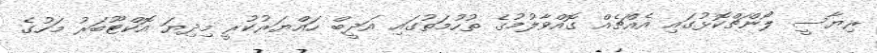
ރިޔާސީ ލޯންޗްކޮޅުގައި އެއްޗެއް ގޮއްވާލުމުގެ ތުހުމަތުގައި އަދީބް ހައްޔަރުކުރީ މިދިޔަ އޮކްޓޫބަރު މަހުގެ